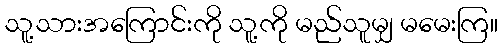
သူ့သားအကြောင်းကို သူ့ကို မည်သူမျှ မမေးကြ။